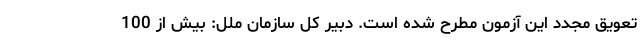
تعویق مجدد این آزمون مطرح شده است. دبیر کل سازمان ملل: بیش از 100